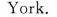
York.